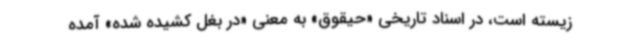
‌زیسته است، در اسناد تاریخی «حیقوق» به معنی «در بغل کشیده شده» آمده